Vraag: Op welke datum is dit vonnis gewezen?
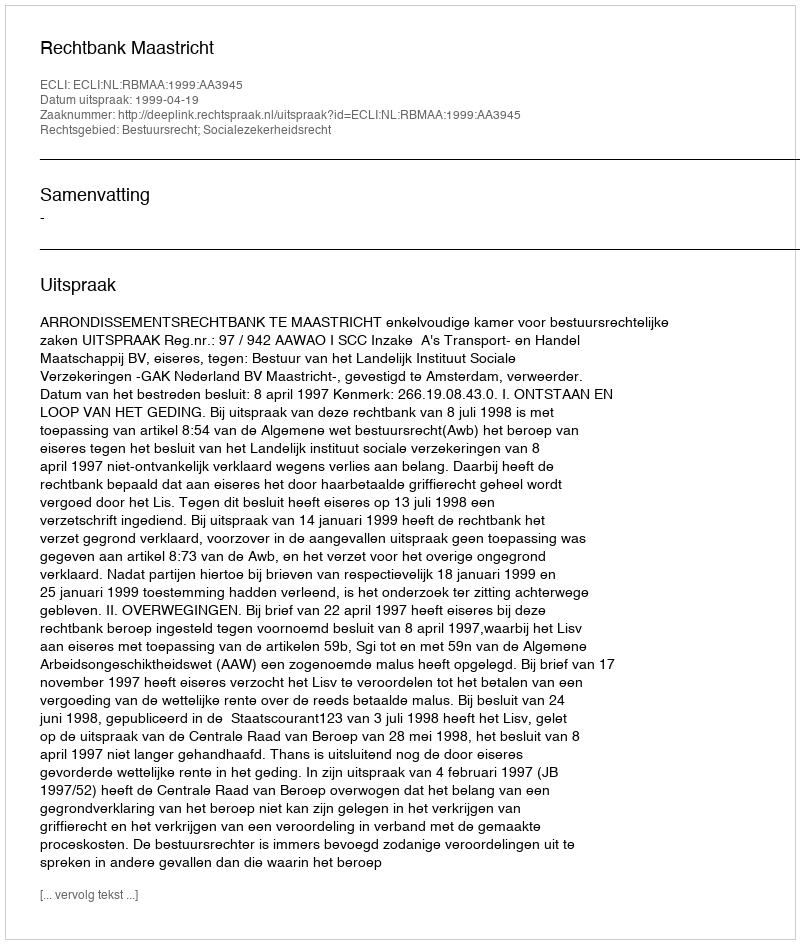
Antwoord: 1999-04-19